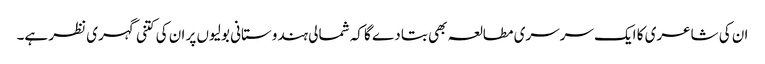
ان کی شاعری کا ایک سرسری مطالعہ بھی بتا دے گا کہ شمالی ہندوستانی بولیوں پر ان کی کتنی گہری نظر ہے۔